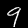
Label: 9